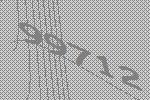
99712